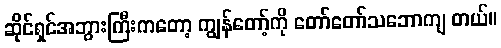
ဆိုင်ရှင်အဘွားကြီးကတော့ ကျွန်တော့်ကို တော်တော်သဘောကျ တယ်။